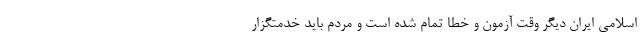
اسلامی ایران دیگر وقت آزمون و خطا تمام شده است و مردم باید خدمتگزار